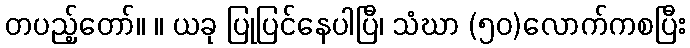
တပည့်တော်။ ။ ယခု ပြုပြင်နေပါပြီ၊ သံဃာ (၅၀)လောက်ကစပြီး